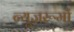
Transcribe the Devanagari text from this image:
न्यूज़रूमों